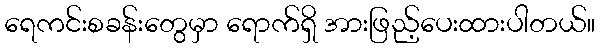
ရေကင်းစခန်းတွေမှာ ရောက်ရှိ အားဖြည့်ပေးထားပါတယ်။